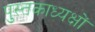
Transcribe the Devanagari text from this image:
पुस्तकाध्यक्षों